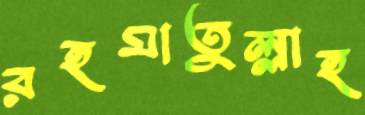
রহমাতুল্লাহ